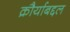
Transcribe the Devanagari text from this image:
क्रौर्याबद्दल